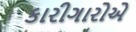
કારીગારોએ